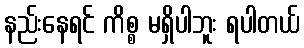
နည်းနေရင် ကိစ္စ မရှိပါဘူး ရပါတယ်